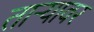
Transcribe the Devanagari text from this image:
ताऱ्यावर